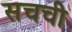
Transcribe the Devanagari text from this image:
सचची